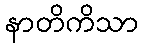
နာတိကိသာ